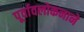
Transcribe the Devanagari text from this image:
पूर्वावलोकनाने